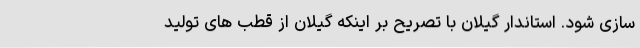
سازی شود. استاندار گیلان با تصریح بر اینکه گیلان از قطب های تولید